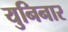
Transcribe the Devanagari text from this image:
युनिनार